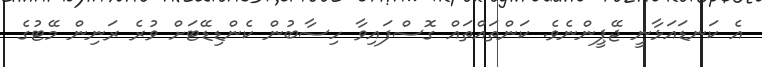
އެ ކަނޑައަޅާނީ ޖޭޕީންނެވެ. ކަންތައްތައް ގޮސްފައިވާ ހިސާބުން ކެންޑިޑޭޓަށް ވުރެ ރަނިން މޭޓުގެ